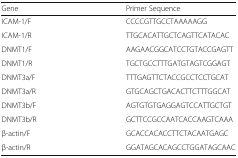
<table><thead><tr><td><b>Gene</b></td><td><b>Primer Sequence</b></td></tr></thead><tbody><tr><td>ICAM-1/F</td><td>CCCCGTTGCCTAAAAAGG</td></tr><tr><td>ICAM-1/R</td><td>TTGCACATTGCTCAGTTCATACAC</td></tr><tr><td>DNMT1/F</td><td>AAGAACGGCATCCTGTACCGAGTT</td></tr><tr><td>DNMT1/R</td><td>TGCTGCCTTTGATGTAGTCGGAGT</td></tr><tr><td>DNMT3a/F</td><td>TTTGAGTTCTACCGCCTCCTGCAT</td></tr><tr><td>DNMT3a/R</td><td>GTGCAGCTGACACTTCTTTGGCAT</td></tr><tr><td>DNMT3b/F</td><td>AGTGTGTGAGGAGTCCATTGCTGT</td></tr><tr><td>DNMT3b/R</td><td>GCTTCCGCCAATCACCAAGTCAAA</td></tr><tr><td>β-actin/F</td><td>GCACCACACCTTCTACAATGAGC</td></tr><tr><td>β-actin/R</td><td>GGATAGCACAGCCTGGATAGCAAC</td></tr></tbody></table>